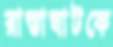
রাস্তাঘাটকে